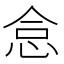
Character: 𢙅